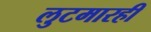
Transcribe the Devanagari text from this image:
लुटमारही